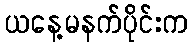
ယနေ့မနက်ပိုင်းက